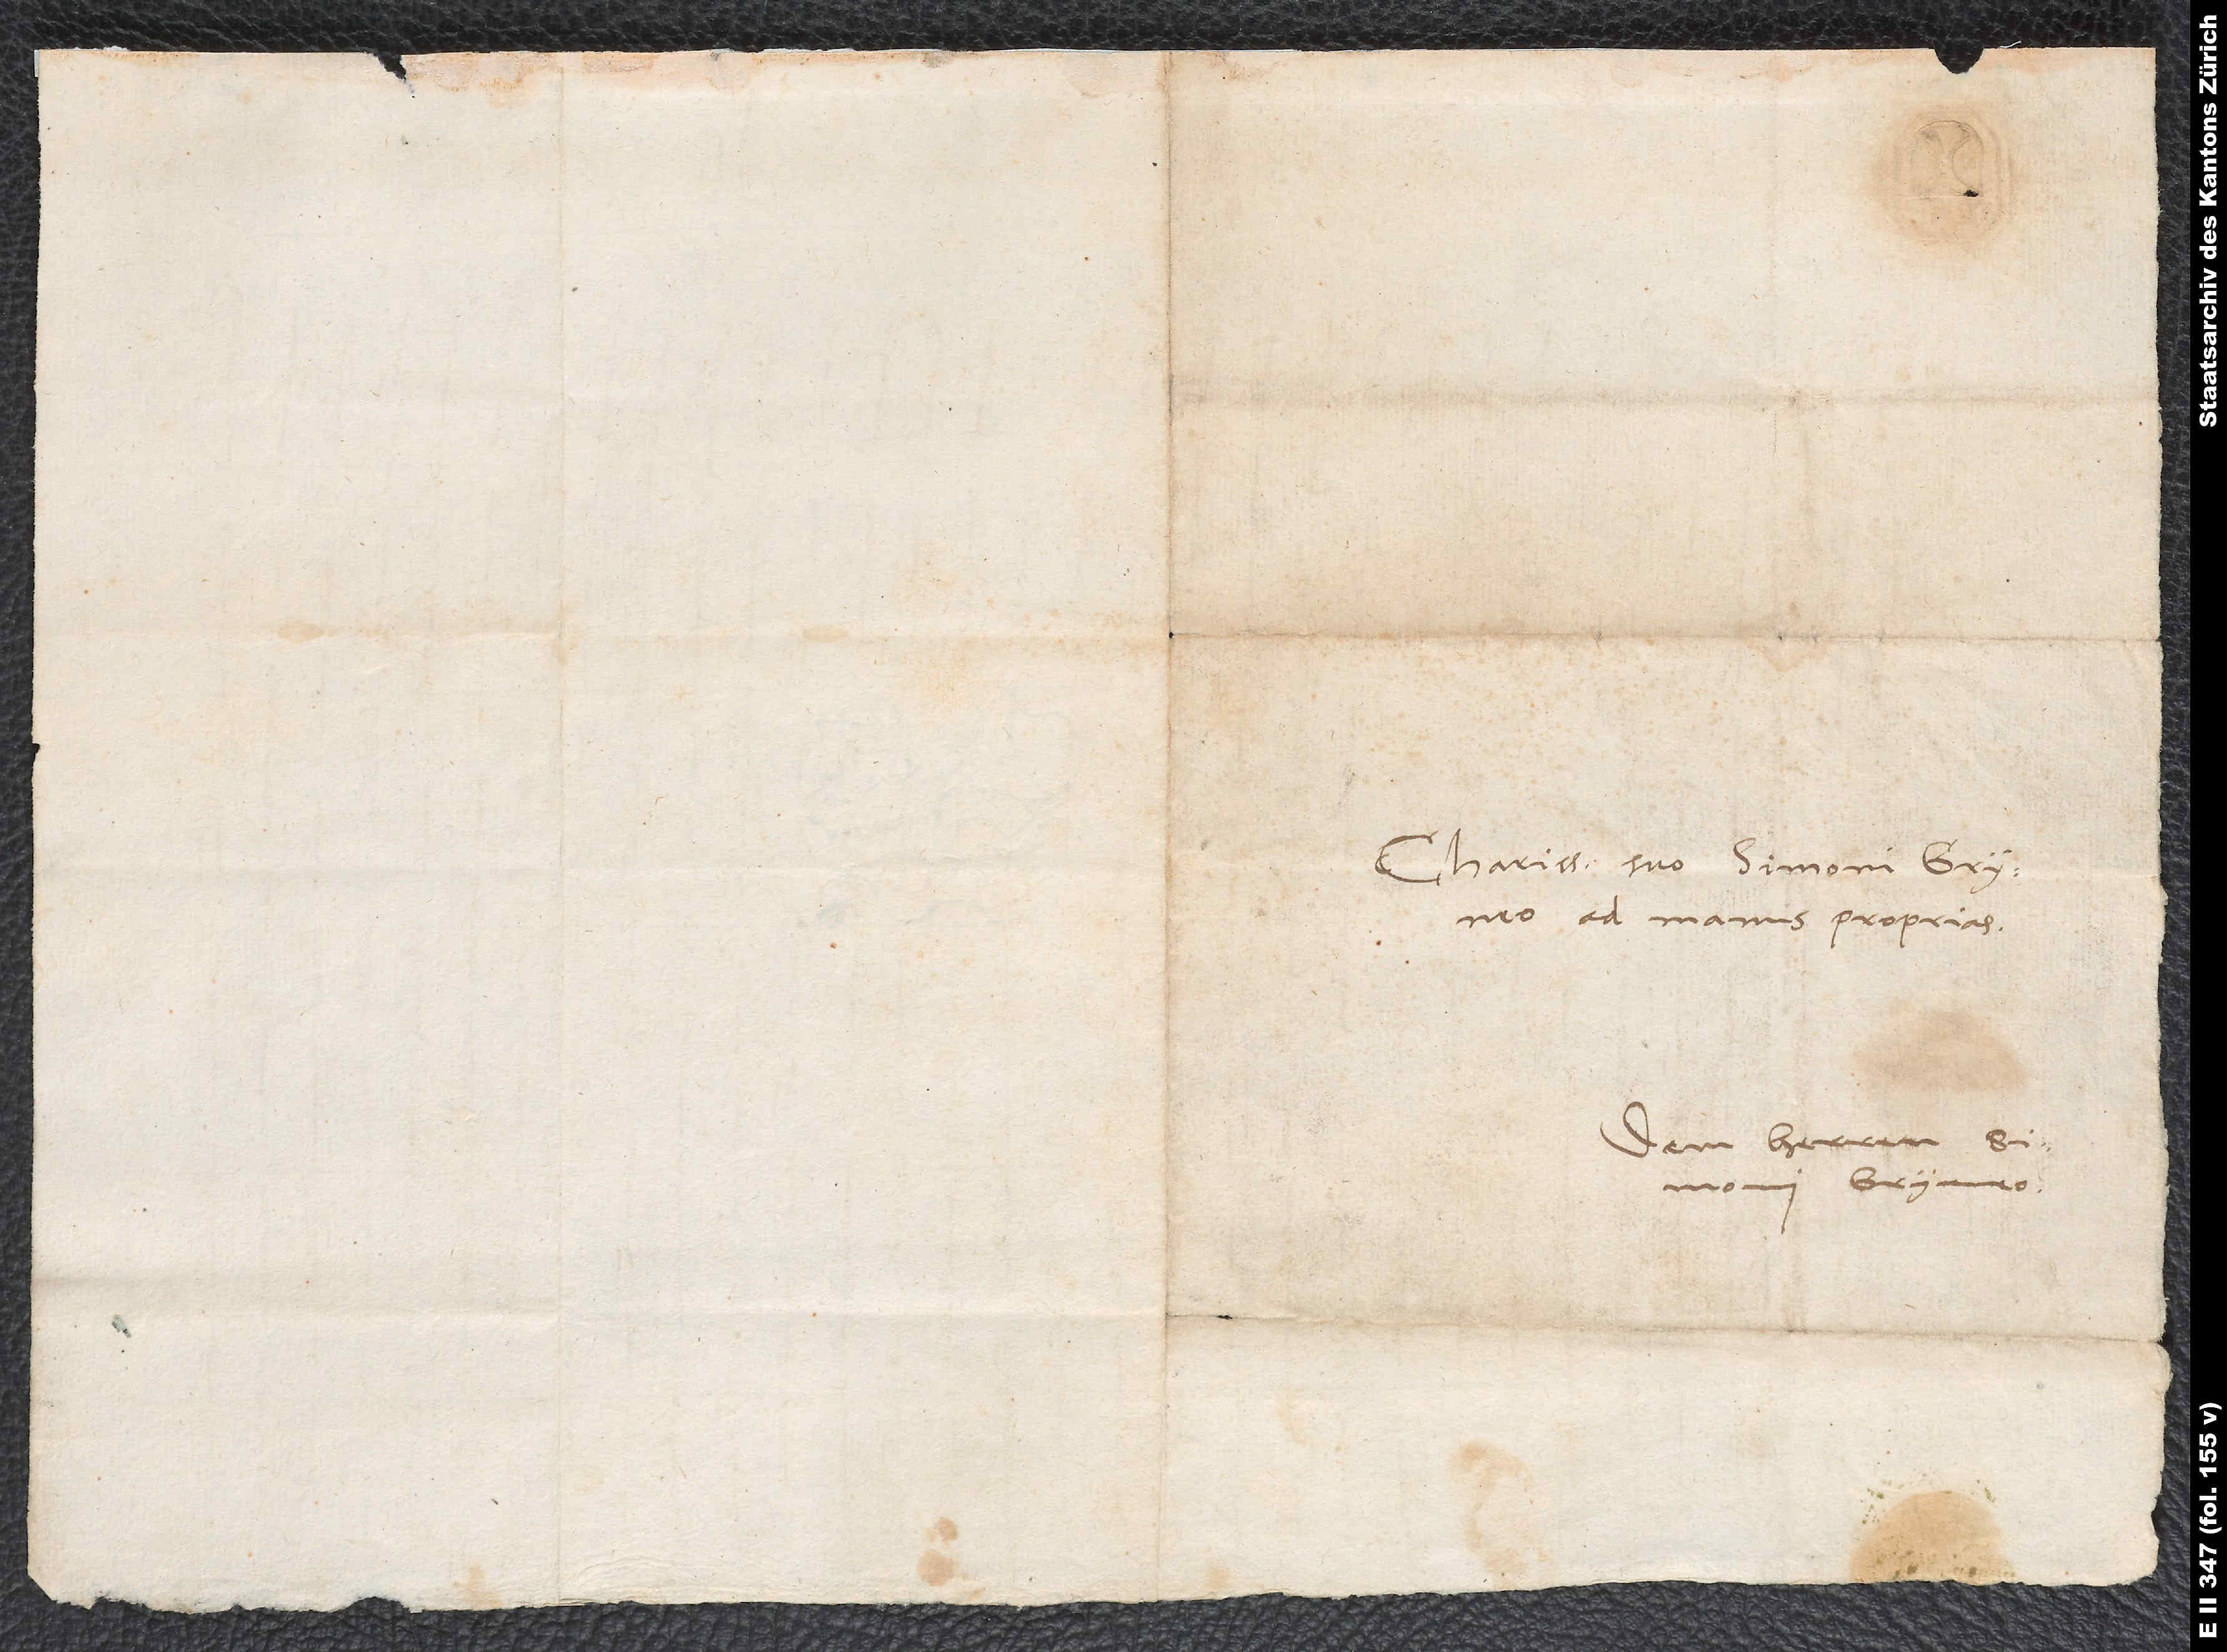
Charissimo suo Simoni Gryneo
ad manus proprias.
Dem herren Simoni
Gryneo.